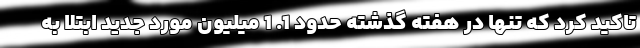
تاکید کرد که تنها در هفته گذشته حدود 1. 1 میلیون مورد جدید ابتلا به